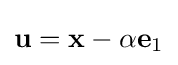
\mathbf {u} =\mathbf {x} -\alpha \mathbf {e} _{1}